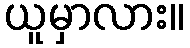
ယူမှာလား။